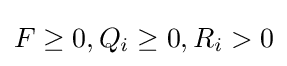
F\geq 0,Q_{i}\geq 0,R_{i}>0